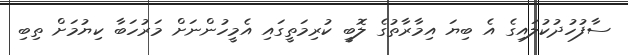
ސާފުހުދުކުލައިގެ އެ ބިޔަ އިމާރާތުގެ ލޮބީ ކުރިމަތީގައި އެމީހުންނަށް މަރުހަބާ ކިޔުމަށް ތިބި